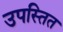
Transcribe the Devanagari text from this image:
उपस्तित